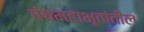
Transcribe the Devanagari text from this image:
पंचमहाभूतांतील